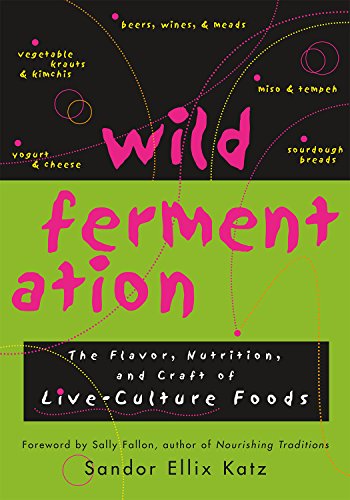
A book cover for Wild Fermentation: The Flavor, Nutrition, and Craft of Live-Culture Foods; Sandor Ellix Katz; Cookbooks, Food & Wine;